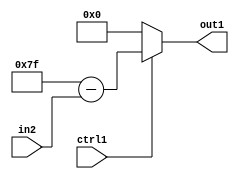
`timescale 1ps / 1ps
/*****************************************************************************
    Verilog RTL Description
    
    
    Created by: Stratus DpOpt 2019.1.01 
*******************************************************************************/

module fix2float_MuxSubu8i127i0u1_1 (
	in2,
	ctrl1,
	out1
	); /* architecture "behavioural" */ 
input [7:0] in2;
input  ctrl1;
output [7:0] out1;
wire [7:0] asc001,
	asc003;

assign asc003 = 
	+(8'B01111111)
	-(in2);

reg [7:0] asc001_tmp_0;
assign asc001 = asc001_tmp_0;
always @ (ctrl1 or asc003) begin
	case (ctrl1)
		1'B1 : asc001_tmp_0 = asc003 ;
		default : asc001_tmp_0 = 8'B00000000 ;
	endcase
end

assign out1 = asc001;
endmodule

/* CADENCE  v7LzSQA= : u9/ySgnWtBlWxVPRXgAZ4Og= ** DO NOT EDIT THIS LINE ******/